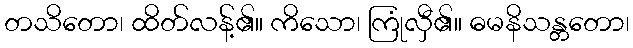
တသိတော၊ ထိတ်လန့်၏။ ကိသော၊ ကြုံလှီ၏။ ဓမနိသန္တတော၊